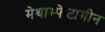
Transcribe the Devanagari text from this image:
मेथाम्फेटामीन